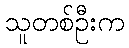
သူတစ်ဦးက